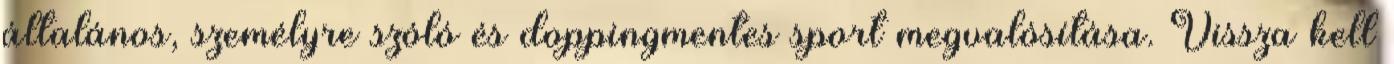
általános, személyre szóló és doppingmentes sport megvalósítása. Vissza kell